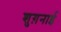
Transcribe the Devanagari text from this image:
शुग़नाई